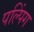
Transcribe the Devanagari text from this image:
पल्पिंग